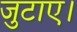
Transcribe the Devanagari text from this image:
जुटाए।